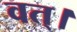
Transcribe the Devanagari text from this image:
वत्।